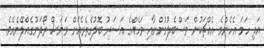
އަދި ހަމަ އެހެންމެ އެއްޗަކުން ވަސްބެލުމުންނާއި ވަހެއްގެ އަސަރު ބޮލުގެތެރެއަށް ވަނަސް ރޯދަނުގެއްލޭނެއެވެ.